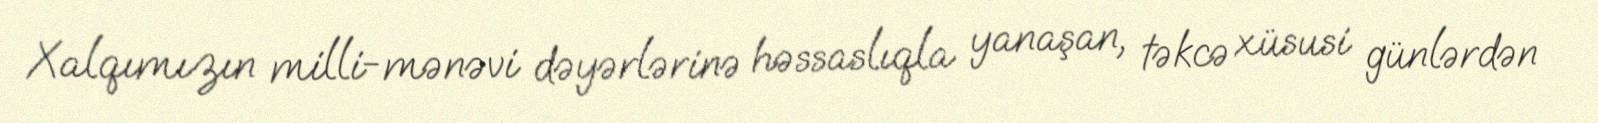
Xalqımızın milli-mənəvi dəyərlərinə həssaslıqla yanaşan, təkcə xüsusi günlərdən